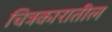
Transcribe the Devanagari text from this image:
चित्रकारातील